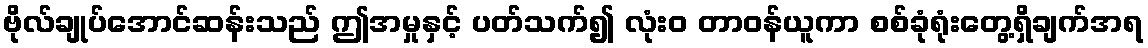
ဗိုလ်ချုပ်အောင်ဆန်းသည် ဤအမှုနှင့် ပတ်သက်၍ လုံးဝ တာဝန်ယူကာ စစ်ခုံရုံးတွေ့ရှိချက်အရ